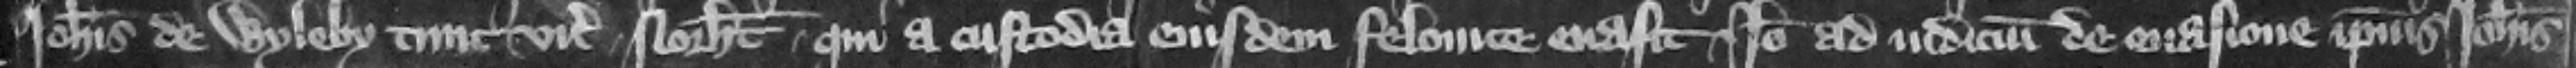
Iohannis de Wyleby tunc vicecomitis Northamton qui a custodia eiusdem felonice euasit. Ideo ad iudicium de euasione ipsius Iohannis